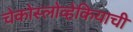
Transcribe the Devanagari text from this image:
चेकोस्लोव्हेकियाची